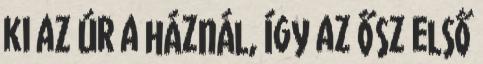
ki az úr a háznál, így az ősz első